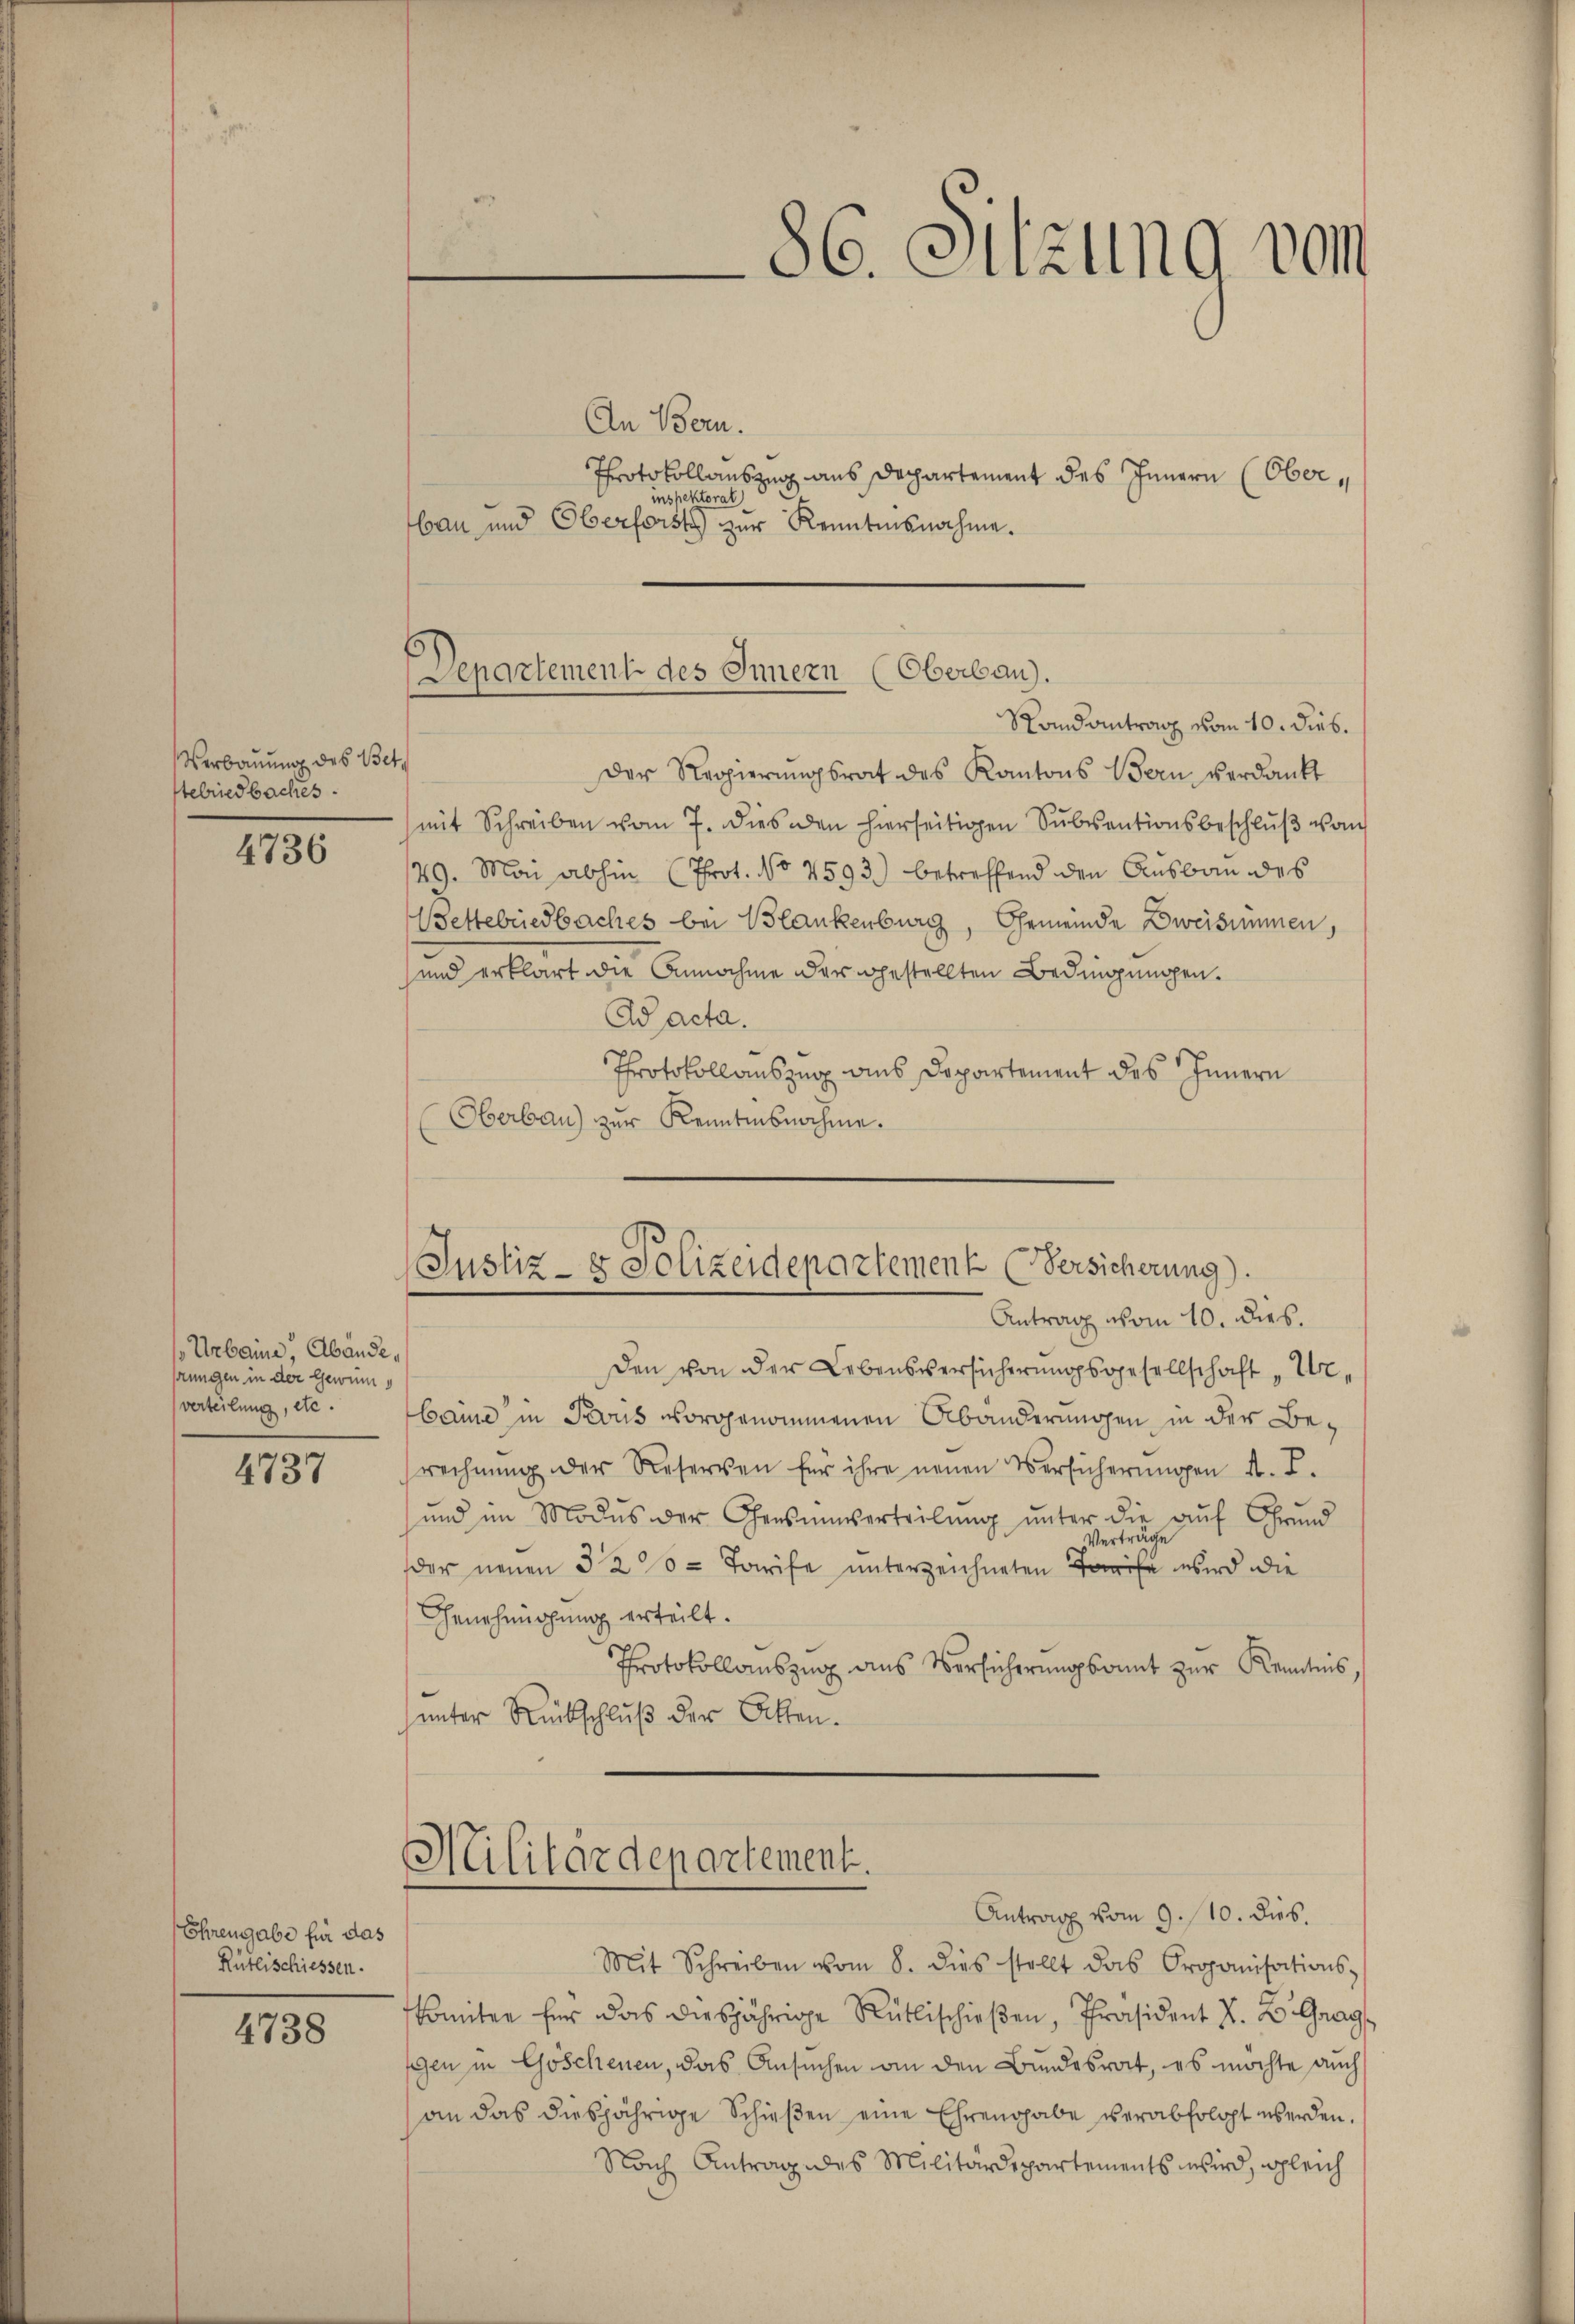
Verbauung des Bettelriedbaches.

4736

Urbaine, Abände,
rungen in der Gewüns
verteilung, etc.

4737

Ehrengabe für das
Rütlischiessen.

4738

86. Sitzung vom

An Bern.
inspektoral
bau und Oberforsts zur Kenntnisnahme.
Randantrag vom 10. Dieb.
Der Regierŭngsrat des Kantons Bern verdankt
mit Schreiben vom 7. dies den hierseitigen Subventionsbeschluß vom
129. Mai abhin (Prot. No 4593) betreffend den Ausbau des
Bettebriedbaches bei Blankenburg, Gemeinde Zweisimmen,
und erklärt die Annahme der gestellten Bedingungen.
Ad acta.
Protokollauszug aus Departement des Innern
Oberbau) zur Kenntnisnahme.

Departement des Innern (Oberbau).

Protokollauszug aus Departement des Innern (Ober¬

(Justiz- & Polizeidepartement (Versicherung).
Antrag vom 10. dies.

Den von der Lebensversicherungsgesellschaft „Urebanne in Paris vorgenommenen Abänderungen in der Berechnŭng der Reserven für ihre neŭen Versicherŭngen A. L.
und im Modus der Censumverteilŭng ŭnter die aŭf Grund
Verträge
der neuen 320. Tarife unterzeichneten Tarife wird die
Genehmigung erteilt.
Protokollauszug aus Versicherungsamt zur Kenntnis
unter Rückschluß der Atten.

Militärdepartement.
Antrag vom 9. 10. dies.

Mit Schreiben vom 8. dies stellt das Organisations-
komitee für das diesjährige Rütlischieβen, Präsident V. B. Graggen in Goschenen, das Ansuchen an den Bundesrat, es möchte auch
an das diesjährige Schieβen eine Ehrengabe verabfolgt werden.
Nach Antrag des Militärdepartements wird, gleich